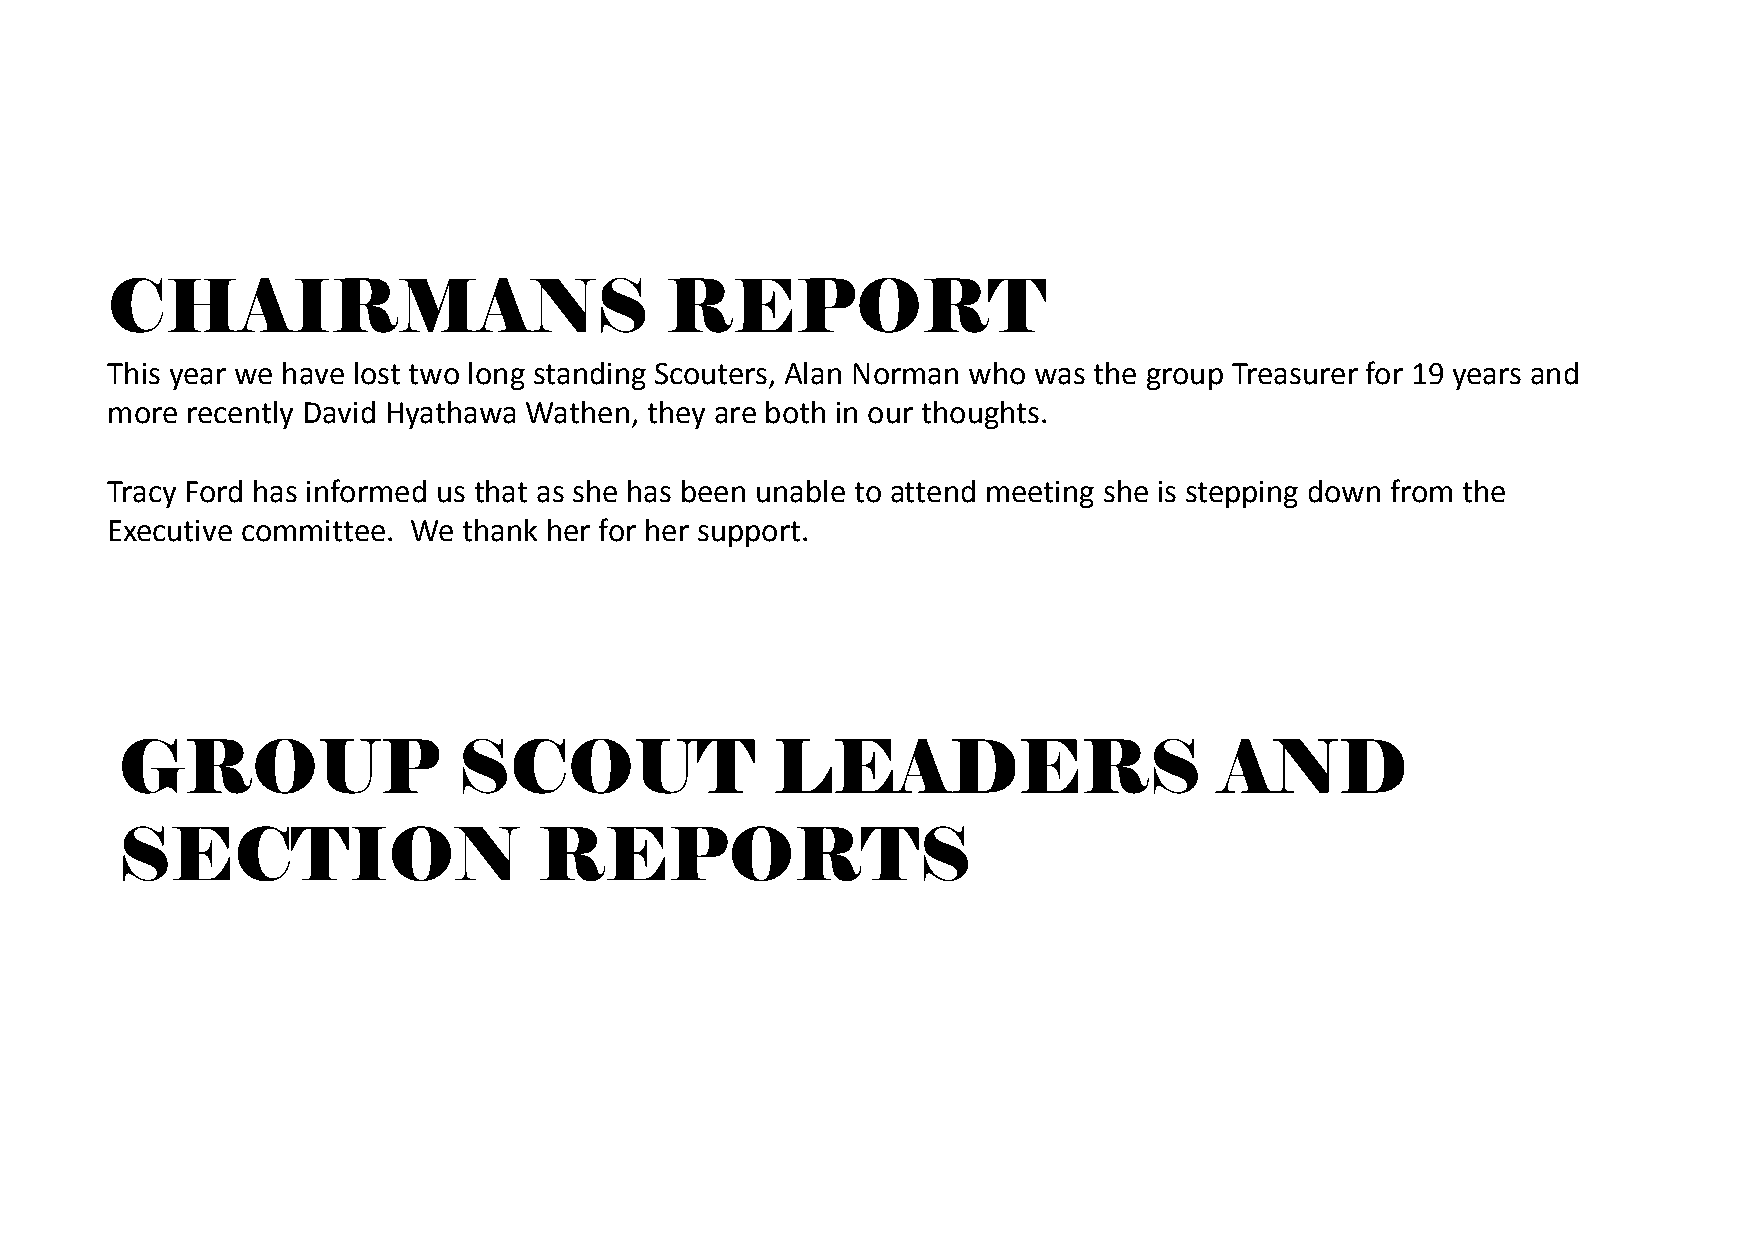
CHAIRMANS                            REPORT
 This year we have lost two long standing Scouters, Alan Norman who was the group Treasurer for 19 years and
 more recently David Hyathawa Wathen, they are both in our thoughts.
 Tracy Ford has informed us that as she has been unable to attend meeting she is stepping down from the
 Executive committee. We thank her for her support.
 GROUP                 SCOUT                LEADERS                       AND
 SECTION                     REPORTS